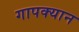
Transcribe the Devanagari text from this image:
गापक्यान